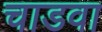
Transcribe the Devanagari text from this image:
चाडवा